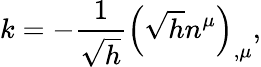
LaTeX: k=-\frac 1{\sqrt{h}}\left(\sqrt{h}n^{\mu}\right)_{,\mu},